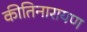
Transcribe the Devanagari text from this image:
कीतिनारायण